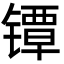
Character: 镡